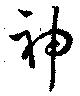
神